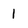
Character: 1